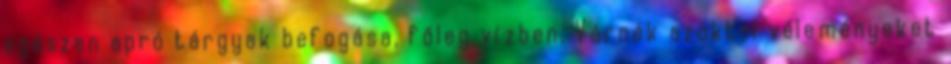
egészen apró tárgyak befogása, főleg vízben. Várnék azoktól véleményeket